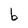
Character: b